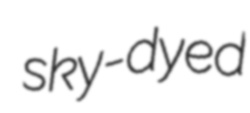
sky-dyed